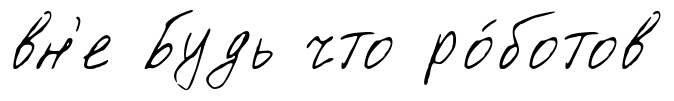
вн'е Будь что ро́ботов